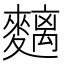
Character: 麶